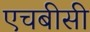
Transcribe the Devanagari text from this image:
एचबीसी